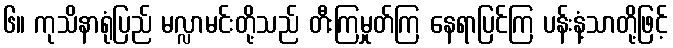
၆။ ကုသိနာရုံပြည် မလ္လာမင်းတို့သည် တီးကြမှုတ်ကြ နေရာပြင်ကြ ပန်းနံ့သာတို့ဖြင့်